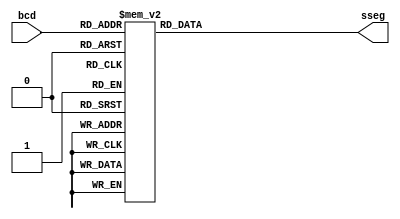
`timescale 1ns / 1ps
//////////////////////////////////////////////////////////////////////////////////
// Company: 
// Engineer: 
// 
// Design Name: 
// Module Name:    bcd2sseg 
// Project Name: 
// Target Devices: 
// Tool versions: 
// Description: 
//
// Dependencies: 
//
// Revision: 
// Revision 0.01 - File Created
// Additional Comments: 
//
//////////////////////////////////////////////////////////////////////////////////
module bcd2sseg(output reg [6:0] sseg, input [3:0] bcd);
	always @(bcd)
	begin
		case(bcd)
		4'b0000: sseg <= 7'b0111111;
		4'b0001: sseg <= 7'b0000110;
		4'b0010: sseg <= 7'b1011011;
		4'b0011: sseg <= 7'b1001111;
		4'b0100: sseg <= 7'b1100110;
		4'b0101: sseg <= 7'b1101101;
		4'b0110: sseg <= 7'b1111101;
		4'b0111: sseg <= 7'b0000111;
		4'b1000: sseg <= 7'b1111111;
		4'b1001: sseg <= 7'b1101111;
		//implement all the way to 15 using hex
		default: sseg <= 7'b1111111;
		endcase
	end
endmodule